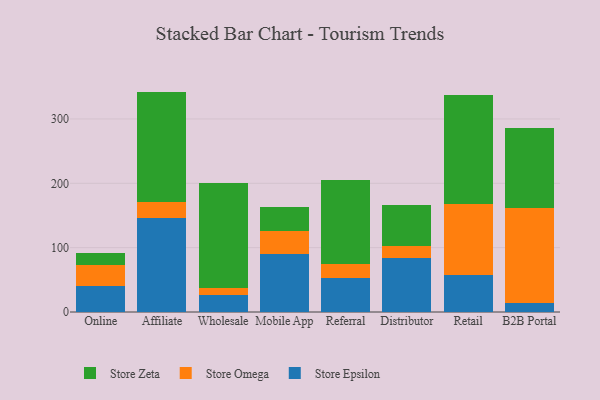
{"axis": {"x": "Channel", "y": "Demand Index"}, "legend": ["Store Epsilon", "Store Omega", "Store Zeta"], "data": [{"x": "Online", "y": 40.6, "type": "Store Epsilon"}, {"x": "Online", "y": 33.1, "type": "Store Omega"}, {"x": "Online", "y": 17.9, "type": "Store Zeta"}, {"x": "Affiliate", "y": 145.7, "type": "Store Epsilon"}, {"x": "Affiliate", "y": 25.0, "type": "Store Omega"}, {"x": "Affiliate", "y": 171.8, "type": "Store Zeta"}, {"x": "Wholesale", "y": 26.3, "type": "Store Epsilon"}, {"x": "Wholesale", "y": 10.9, "type": "Store Omega"}, {"x": "Wholesale", "y": 164.0, "type": "Store Zeta"}, {"x": "Mobile App", "y": 90.1, "type": "Store Epsilon"}, {"x": "Mobile App", "y": 35.1, "type": "Store Omega"}, {"x": "Mobile App", "y": 37.7, "type": "Store Zeta"}, {"x": "Referral", "y": 53.6, "type": "Store Epsilon"}, {"x": "Referral", "y": 21.3, "type": "Store Omega"}, {"x": "Referral", "y": 130.2, "type": "Store Zeta"}, {"x": "Distributor", "y": 83.8, "type": "Store Epsilon"}, {"x": "Distributor", "y": 19.0, "type": "Store Omega"}, {"x": "Distributor", "y": 63.0, "type": "Store Zeta"}, {"x": "Retail", "y": 57.3, "type": "Store Epsilon"}, {"x": "Retail", "y": 110.2, "type": "Store Omega"}, {"x": "Retail", "y": 169.0, "type": "Store Zeta"}, {"x": "B2B Portal", "y": 13.6, "type": "Store Epsilon"}, {"x": "B2B Portal", "y": 147.4, "type": "Store Omega"}, {"x": "B2B Portal", "y": 125.5, "type": "Store Zeta"}]}